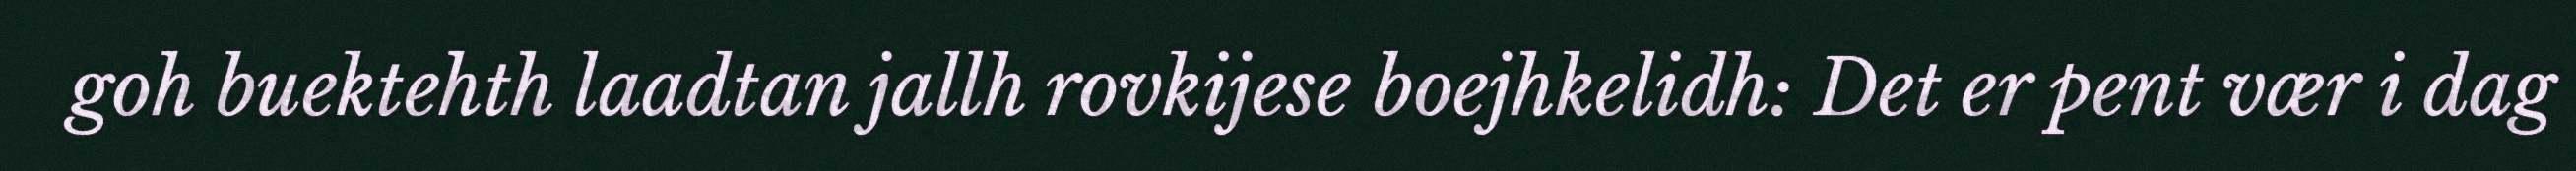
goh buektehth laadtan jallh rovkijese boejhkelidh: Det er pent vær i dag